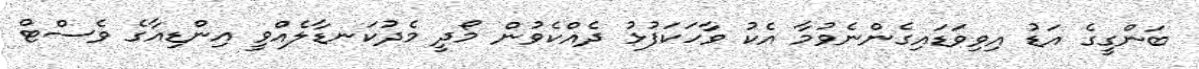
ބަންގީގެ އަޑު އިވިވަޑައިގެންނެވުމާ އެކު ވާހަކަފުޅު ދެއްކެވުން މޯދީ މެދުކަނޑާލެއްވީ އިންޑިއާގެ ވެސްޓް